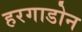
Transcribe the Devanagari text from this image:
हरगाडोन